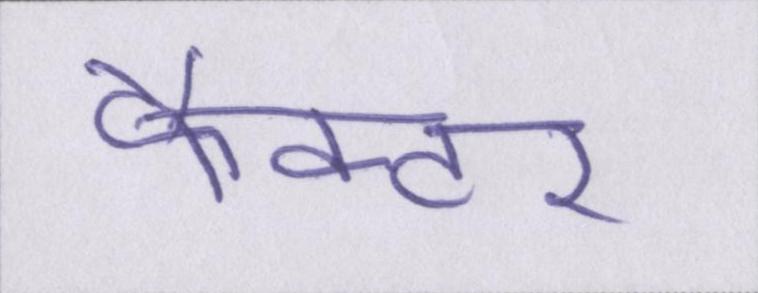
फैक्टर